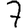
Digit: 7